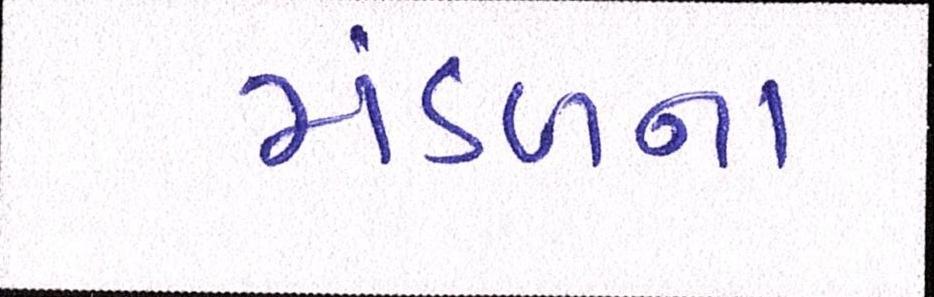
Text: મંડળના